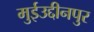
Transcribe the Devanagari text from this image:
मुईउद्दीनपुर